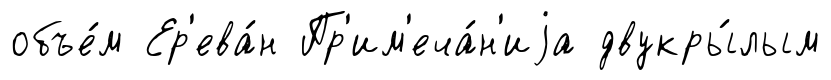
объе́м Ер'ева́н Пр'им'еча́н'иjа двукры́лым